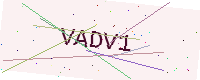
Text: VADV1